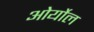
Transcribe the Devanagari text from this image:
ओर्योल